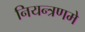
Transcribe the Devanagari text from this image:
नियन्त्रणमे